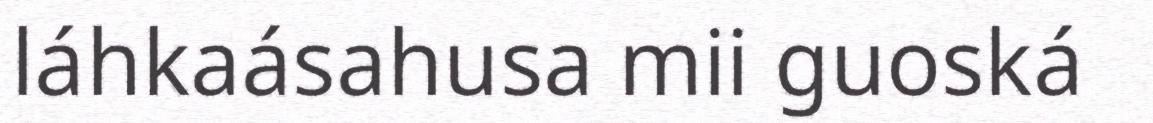
láhkaásahusa mii guoská